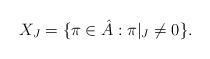
\begin{align*} X_J=\{\pi\in \hat{A}: \pi|_J\neq 0\}.\end{align*}